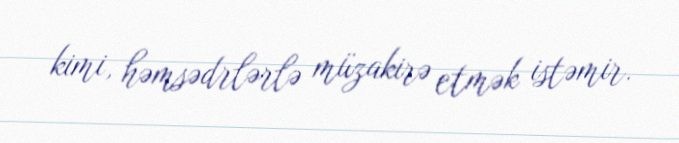
kimi, həmsədrlərlə müzakirə etmək istəmir.